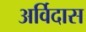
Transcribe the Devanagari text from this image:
अर्विदास